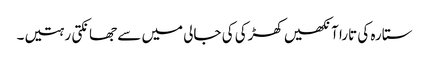
ستارہ کی تارا آنکھیں کھڑکی کی جالی میں سے جھانکتی رہتیں۔